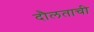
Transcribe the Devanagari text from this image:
दौलताची